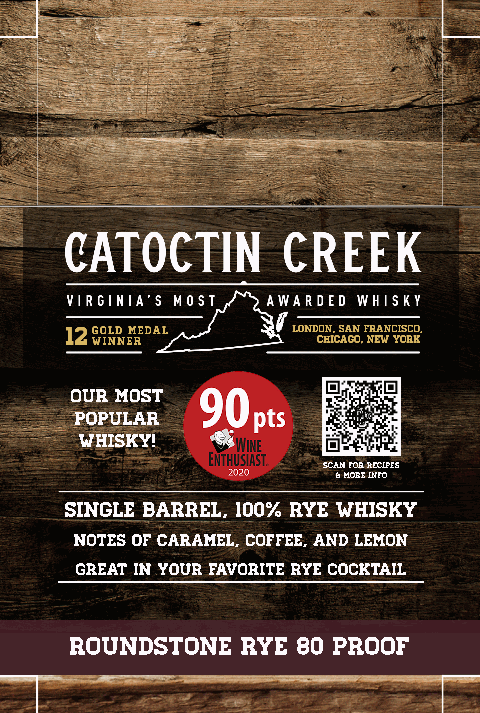
Our most
 Popular
 Whisky!
 Scan for Recipes
 & more info
 Single Barrel, 100% Rye Whisky
 notes of Caramel, coffee, and lemon
 Great in your favorite Rye Cocktail
 Roundstone Rye 80 Proof